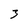
Character: 3